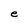
Character: e